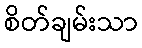
စိတ်ချမ်းသာ